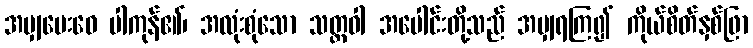
အမျှပေးဝေ ပါကုန်၏၊ အလုံးစုံသော သတ္တဝါ အပေါင်းတို့သည် အမျှရကြ၍ ကိုယ်စိတ်နှစ်ဖြာ